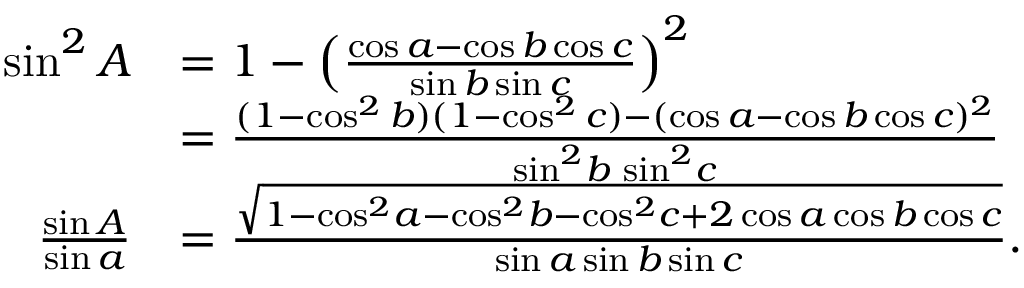
{ \begin{array} { r l } { \sin ^ { 2 } A } & { = 1 - \left( { \frac { \cos a - \cos b \cos c } { \sin b \sin c } } \right) ^ { 2 } } \\ & { = { \frac { ( 1 - \cos ^ { 2 } b ) ( 1 - \cos ^ { 2 } c ) - ( \cos a - \cos b \cos c ) ^ { 2 } } { \sin ^ { 2 } \! b \, \sin ^ { 2 } \! c } } } \\ { { \frac { \sin A } { \sin a } } } & { = { \frac { \sqrt { 1 - \cos ^ { 2 } \! a - \cos ^ { 2 } \! b - \cos ^ { 2 } \! c + 2 \cos a \cos b \cos c } } { \sin a \sin b \sin c } } . } \end{array} }